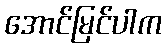
အောင်မြင်ပါက